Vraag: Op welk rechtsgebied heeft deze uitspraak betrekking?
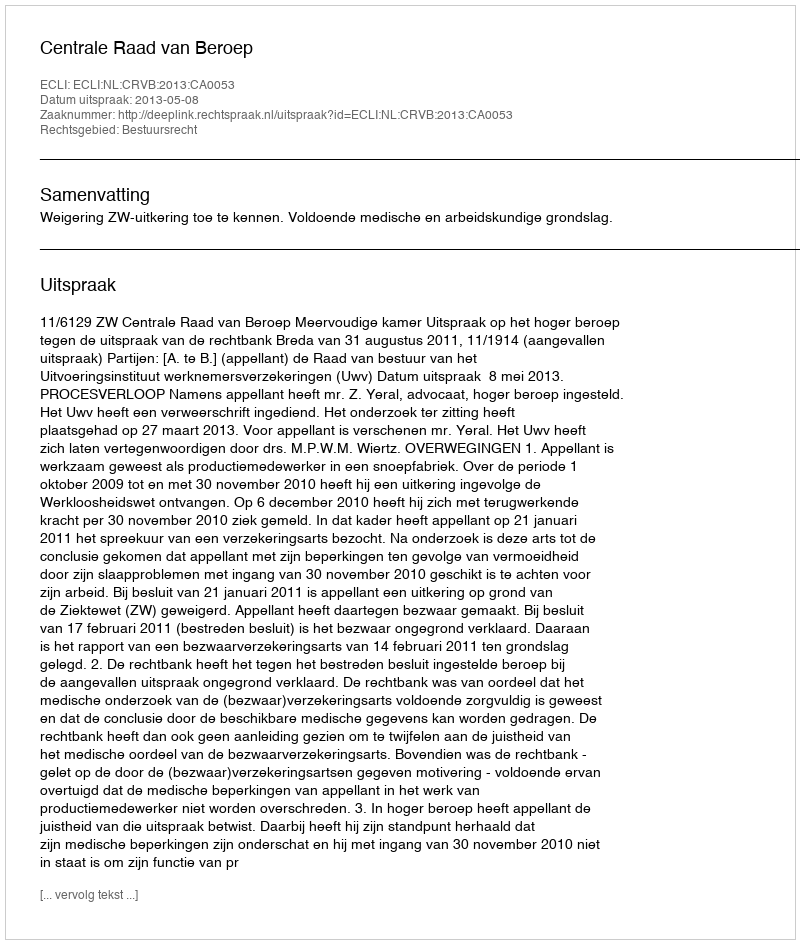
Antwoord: Bestuursrecht